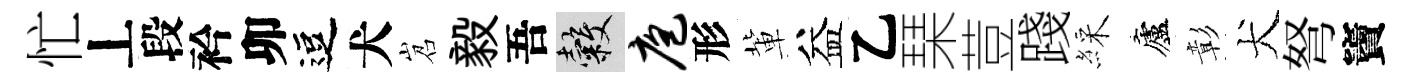
忙丄段衿卯逗犬岧毅吾穀庖形軰益乙琹荳踐綵廬彰犬弩竇